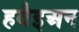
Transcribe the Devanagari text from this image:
हवैइअन